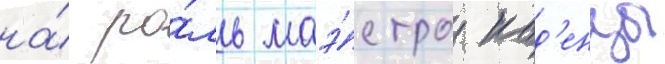
на́ ро́ль маэ́стро кад'енцы